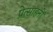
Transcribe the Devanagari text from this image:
प्रेत्साहनों